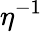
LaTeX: \eta^{-1}